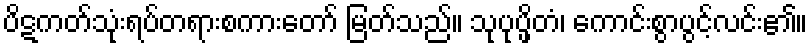
ပိဋကတ်သုံးရပ်တရားစကားတော် မြတ်သည်။ သုပုပ္ဖိတံ၊ ကောင်းစွာပွင့်လင်း၏။